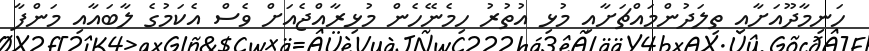
ހަނިމާދޫއަށާއި ތިލަދުންމައްޗަށާއި މުޅި އުތުރު ހިމެނޭހެން މުޅިރާއްޖެއަށް ވެސް އެކަމުގެ ލާބައާއި މަންފާ